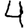
Digit: 4